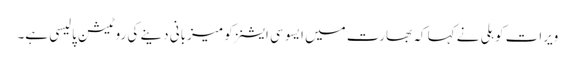
ویرات کوہلی نے کہا کہ بھارت میں ایسوسی ایشنز کو میزبانی دینے کی روٹیشن پالیسی ہے۔